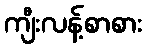
ကျီးလန့်စာစား